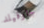
جارفيلد